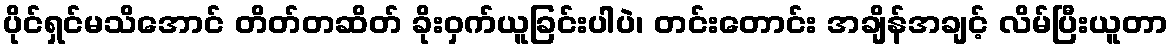
ပိုင်ရှင်မသိအောင် တိတ်တဆိတ် ခိုးဝှက်ယူခြင်းပါပဲ၊ တင်းတောင်း အချိန်အချင့် လိမ်ပြီးယူတာ